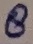
Text: 8